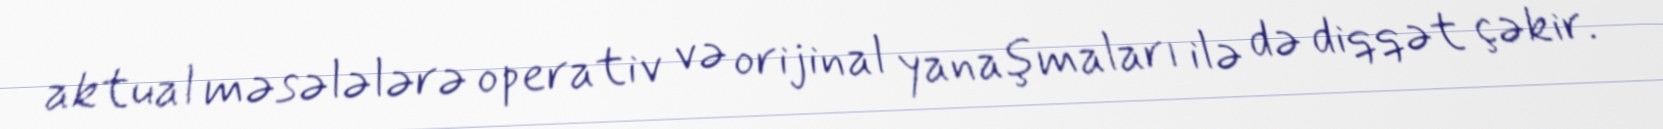
aktual məsələlərə operativ və orijinal yanaşmaları ilə də diqqət çəkir.